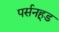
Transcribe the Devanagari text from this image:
पर्सनहूड